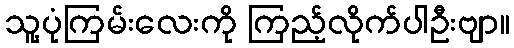
သူ့ပုံကြမ်းလေးကို ကြည့်လိုက်ပါဦးဗျာ။